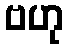
ဗဟု